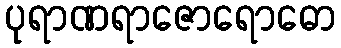
ပုရာဏရာဇောရောဓော